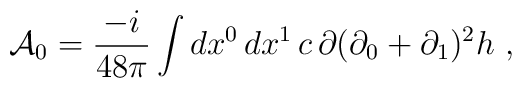
{\cal A}_0=\frac{-i}{48\pi }\int dx^0\,dx^1\, c\,\partial (\partial_0+\partial _1)^2 h\ ,